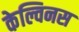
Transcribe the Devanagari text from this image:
केल्विनस